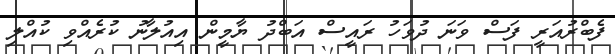
ފެބްރުއަރީ ފަސް ވަނަ ދުވަހު ރައީސް އަބްދު ޔާމީން އިއުލާނު ކުރެއްވި ކުއްލި